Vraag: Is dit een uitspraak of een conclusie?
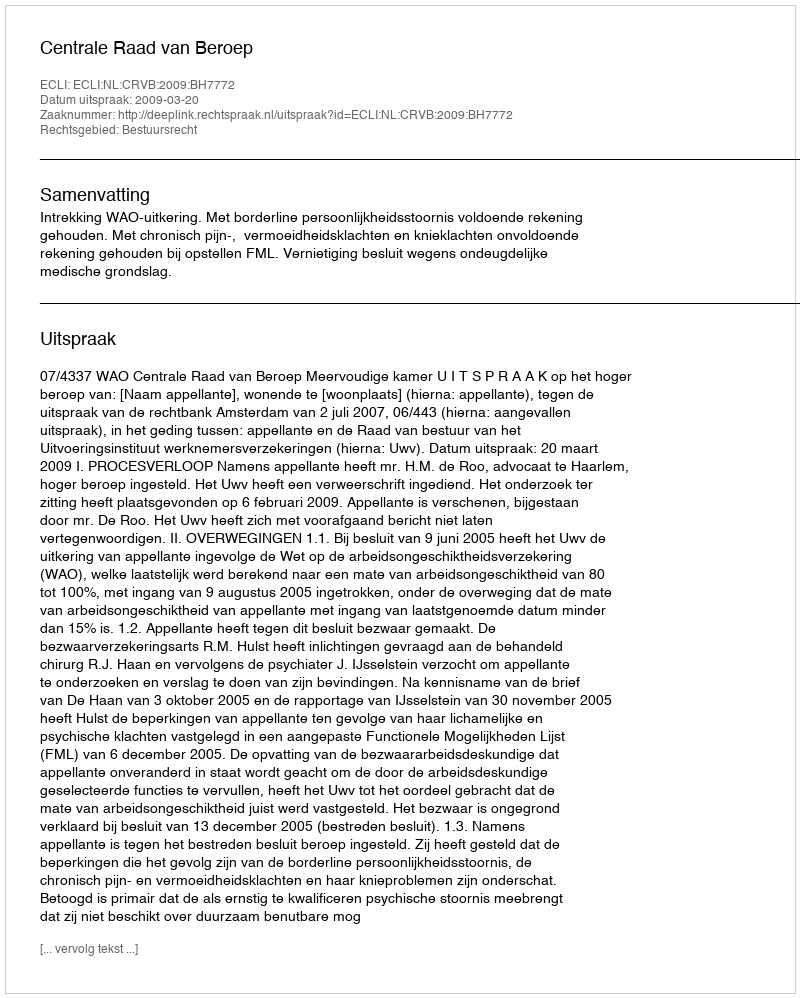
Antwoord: Uitspraak